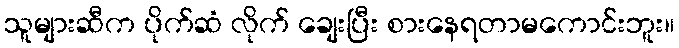
သူများဆီက ပိုက်ဆံ လိုက် ချေးပြီး စားနေရတာမကောင်းဘူး။